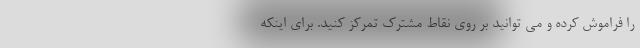
را فراموش کرده و می توانید بر روی نقاط مشترک تمرکز کنید. برای اینکه